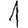
Digit: 1